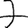
Digit: 7